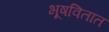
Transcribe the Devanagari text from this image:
भूषवितात